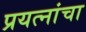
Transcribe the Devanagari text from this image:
प्रयत्‍नांचा